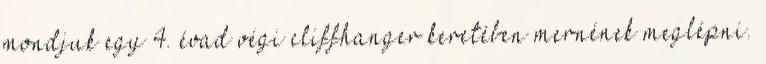
mondjuk egy 4. évad végi cliffhanger keretében mernének meglépni.